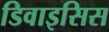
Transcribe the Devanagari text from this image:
डिवाइसिस